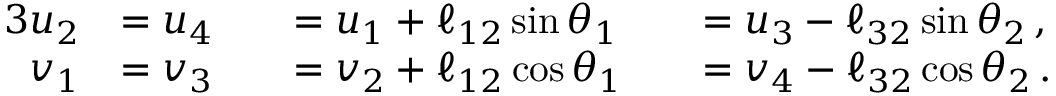
\begin{array} { r l r l r l } { { 3 } \vphantom { f ^ { 2 } } u _ { 2 } } & { = u _ { 4 } } & & { = u _ { 1 } + \ell _ { 1 2 } \sin { \theta } _ { 1 } } & & { = u _ { 3 } - \ell _ { 3 2 } \sin { \theta } _ { 2 } \, , } \\ { v _ { 1 } } & { = v _ { 3 } } & & { = v _ { 2 } + \ell _ { 1 2 } \cos { \theta } _ { 1 } } & & { = v _ { 4 } - \ell _ { 3 2 } \cos { \theta } _ { 2 } \, . } \end{array}